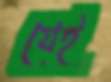
যেই